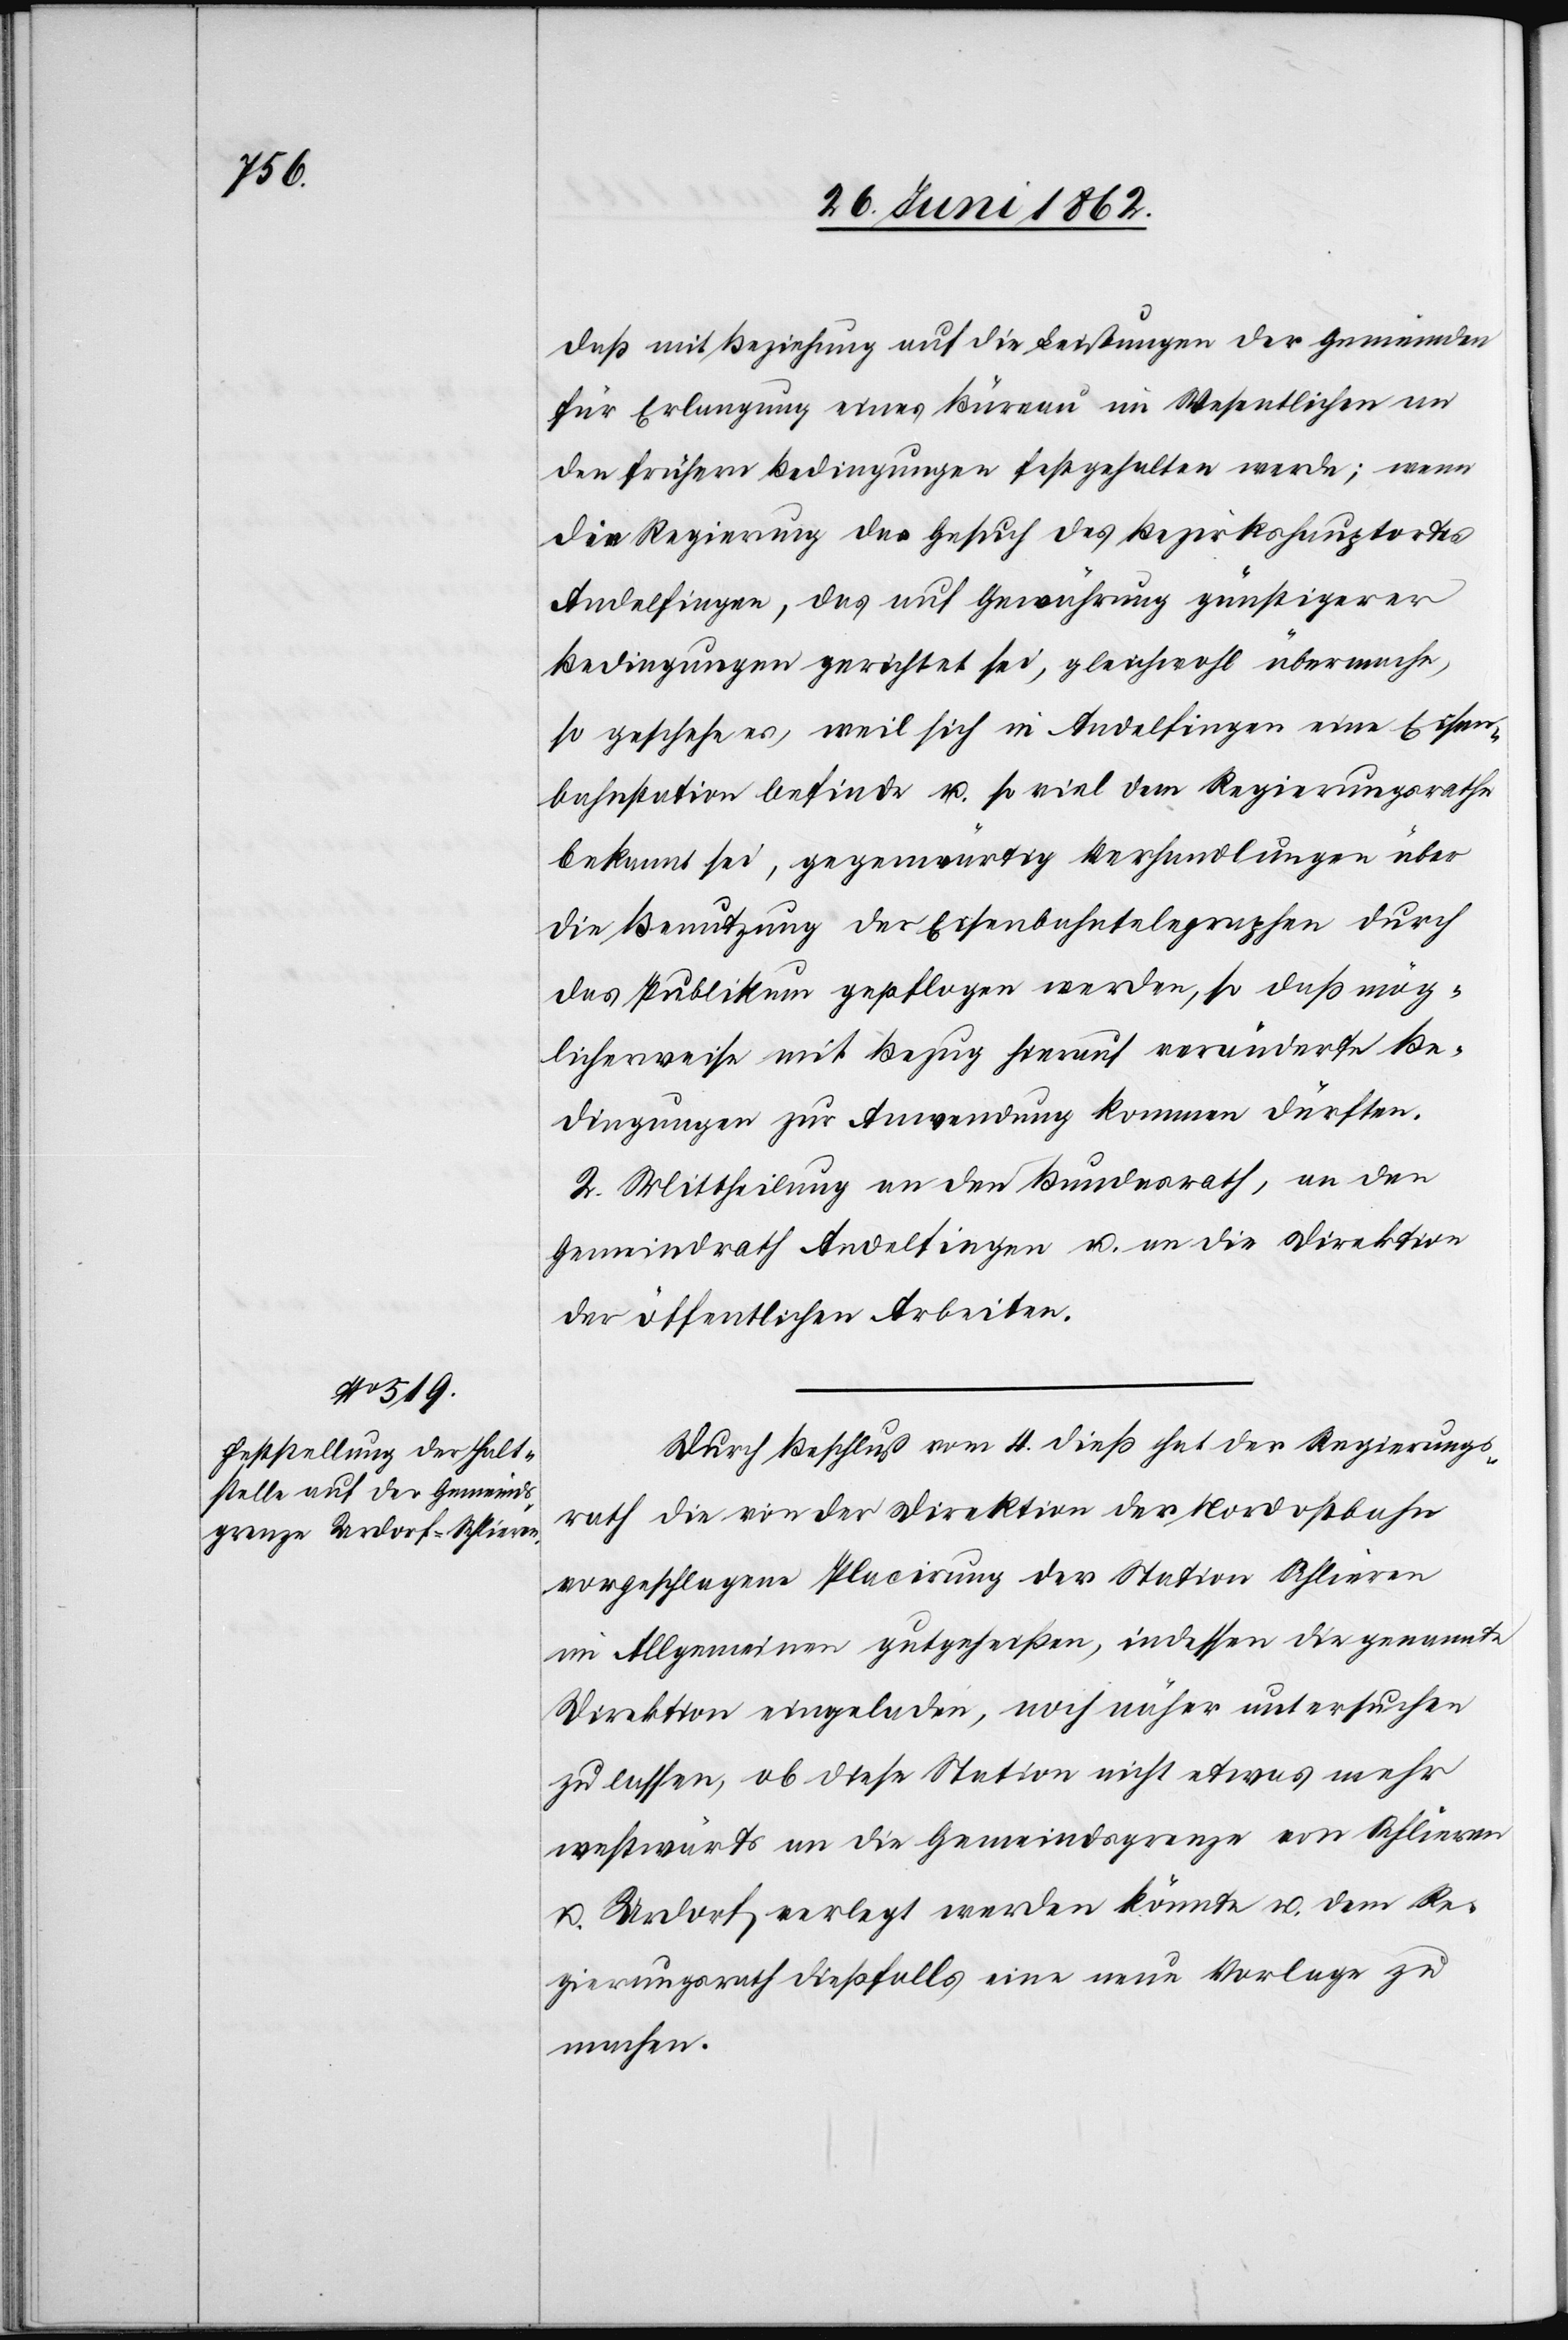
daß mit Beziehung auf die Leistungen der Gemeinden
für Erlangung eines Büreau im Wesentlichen an
den frühern Bedingungen festgehalten werde; wenn
die Regierung das Gesuch des Bezirkshauptortes
Andelfingen, das auf Gewährung günstigerer
Bedingungen gerichtet sei, gleichwohl übermache,
so geschehe es, weil sich in Andelfingen eine Eisen¬
bahnstation befinde u. so viel dem Regierungsrathe
bekannt sei, gegenwärtig Verhandlungen über
die Benutzung der Eisenbahntelegraphen durch
das Publikum gepflogen werden, so daß mög¬
licherweise mit Bezug hierauf veränderte Be¬
dingungen zur Anwendung kommen dürften.
2. Mittheilung an den Bundesrath, an den
Gemeindrath Andelfingen u. an die Direktion
der öffentlichen Arbeiten.
Durch Beschluß vom 4. dieß hat der Regierungs¬
rath die von der Direktion der Nordostbahn
vorgeschlagene Placirung der Station Schlieren
im Allgemeinen gutgeheißen, indessen die genannte
Direktion eingeladen, noch näher untersuchen
zu lassen, ob diese Station nicht etwas mehr
westwärts an die Gemeindsgrenze von Schlieren
u. Urdorf verlegt werden könnte u. dem Re¬
gierungsrath dießfalls eine neue Vorlage zu
machen.